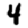
Digit: 4